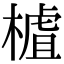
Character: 樝